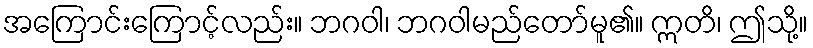
အကြောင်းကြောင့်လည်း။ ဘဂဝါ၊ ဘဂဝါမည်တော်မူ၏။ ဣတိ၊ ဤသို့။